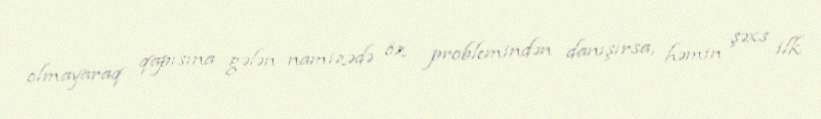
olmayaraq qapısına gələn namizədə öz problemindən danışırsa, həmin şəxs ilk